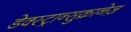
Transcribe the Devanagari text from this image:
डेक्स्ट्रान्सुक्रानेज़